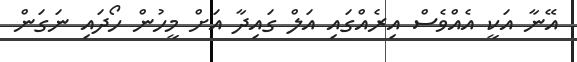
އޭނާ އަކީ އެއްވެސް އިރެއްގައި އަލް ގައިދާ އަށް މީހުން ހޯދައި ނަގަން